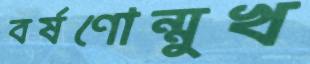
বর্ষণোন্মুখ